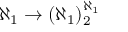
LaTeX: \aleph _ { 1 } \rightarrow ( \aleph _ { 1 } ) _ { 2 } ^ { \aleph _ { 1 } }